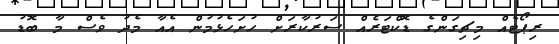
ރިޕޯޓެއް މިޗިގަންގެ ޑޮކްޓަރެއް ސަރުކާރަށް ހުށަހެޅުމުން އެއާ މެދު ވެސް މާ ބޮޑު